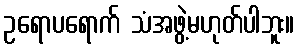
ဥရောပရောက် သံအဖွဲ့မဟုတ်ပါဘူး။